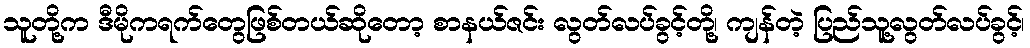
သူတို့က ဒီမိုကရက်တွေဖြစ်တယ်ဆိုတော့ စာနယ်ဇင်း လွတ်လပ်ခွင့်တို့၊ ကျန်တဲ့ ပြည်သူ့လွတ်လပ်ခွင့်၊